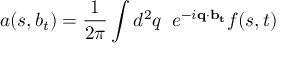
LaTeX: a ( s , b _ { t } ) = \frac { 1 } { 2 \pi } \int d ^ { 2 } q \; \; e ^ { - i { \bf q \cdot b _ { t } } } f ( s , t )